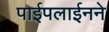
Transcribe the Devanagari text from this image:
पाईपलाईनने